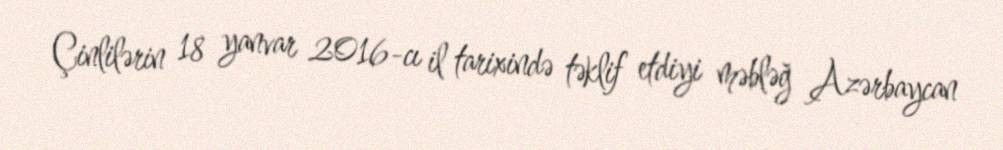
Çinlilərin 18 yanvar 2016-cı il tarixində təklif etdiyi məbləğ Azərbaycan